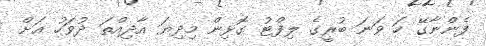
ފެންނާގޭ ހަ ވަނަ ބުރީގެ ލިފްޓު ގޮޅިން މިދިޔަ އާދިއްތަ ދުވަހު އަށް